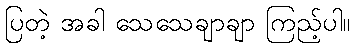
ပြတဲ့ အခါ သေသေချာချာ ကြည့်ပါ။